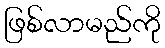
ဖြစ်လာမည်ကို